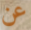
عن